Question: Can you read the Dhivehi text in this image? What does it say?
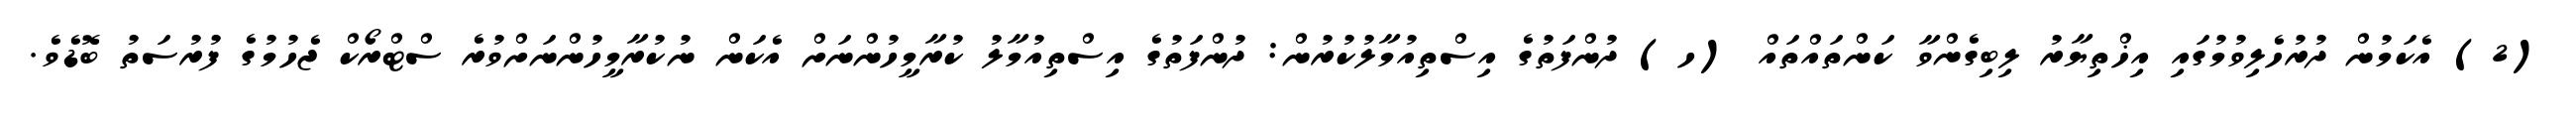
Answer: (2) އެކަމުން ދުރުހެލިވުމުގައި އިޚްތިޔާރު ލިބިގެންވާ ކަންތައްތައް (ހ) ދުންފަތުގެ އިސްތިއުމާލުކުރުން: ދުންފަތުގެ އިސްތިއުމާލު ކުރާމީހުންނަށް އެކަން ނުކުރާމީހުންނަށްވުރެ ސްޓްރޯކް ޖެހުމުގެ ފުރުސަތު ބޮޑެވެ.